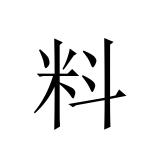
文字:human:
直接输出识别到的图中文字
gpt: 料